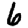
Digit: 6